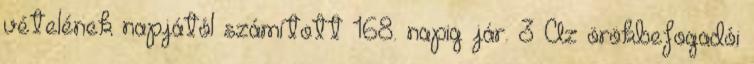
vételének napjától számított 168. napig jár. 3 Az örökbefogadói